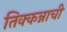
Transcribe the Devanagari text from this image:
तिक्कन्नाची